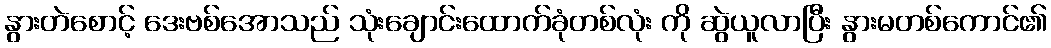
နွားတဲစောင့် ဒေးဗစ်အောသည် သုံးချောင်းထောက်ခုံတစ်လုံး ကို ဆွဲယူလာပြီး နွားမတစ်ကောင်၏